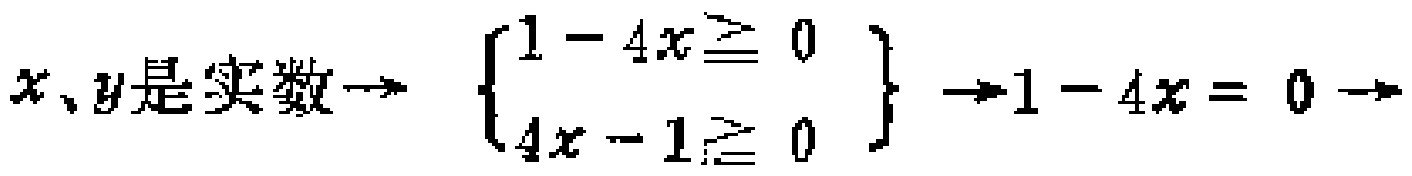
$x、y是实数\rightarrow  \begin{cases}1 - 4x\geq 0 \\ 4x - 1\geq 0 \end{cases} \rightarrow 1 - 4x = 0 \rightarrow$